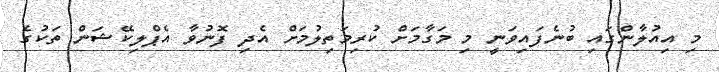
މި އިއުލާންގައި ބުނެފައިވަނީ މި މަގާމަށް ކުރިމަތިލުމަށް އެދި ފޮނުވާ އެޕްލިކޭޝަން ތަކުގެ